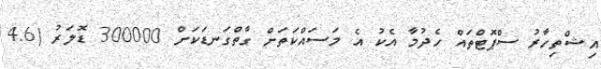
އިޝްތިހާރު ސްޕޮޓްތައް ހެދުމާ އެކު އެ މަސައްކަތަށް ގާތްގަނޑަކަށް 300000 ޑޮލަރު (4.6